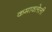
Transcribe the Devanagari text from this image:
कमावलेली